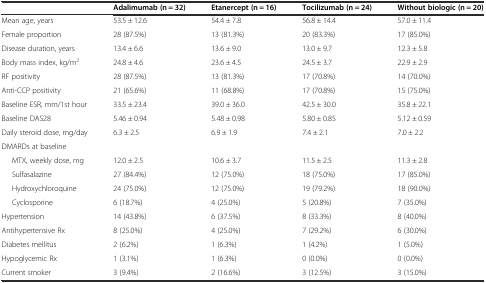
<table><thead><tr><td></td><td><b>Adalimumab (n = 32)</b></td><td><b>Etanercept (n = 16)</b></td><td><b>Tocilizumab (n = 24)</b></td><td><b>Without biologic (n = 20)</b></td></tr></thead><tbody><tr><td>Mean age, years</td><td>53.5 ± 12.6</td><td>54.4 ± 7.8</td><td>56.8 ± 14.4</td><td>57.0 ± 11.4</td></tr><tr><td>Female proportion</td><td>28 (87.5%)</td><td>13 (81.3%)</td><td>20 (83.3%)</td><td>17 (85.0%)</td></tr><tr><td>Disease duration, years</td><td>13.4 ± 6.6</td><td>13.6 ± 9.0</td><td>13.0 ± 9.7</td><td>12.3 ± 5.8</td></tr><tr><td>Body mass index, kg/m<sup>2</sup></td><td>24.8 ± 4.6</td><td>23.6 ± 4.5</td><td>24.5 ± 3.7</td><td>22.9 ± 2.9</td></tr><tr><td>RF positivity</td><td>28 (87.5%)</td><td>13 (81.3%)</td><td>17 (70.8%)</td><td>14 (70.0%)</td></tr><tr><td>Anti-CCP positivity</td><td>21 (65.6%)</td><td>11 (68.8%)</td><td>17 (70.8%)</td><td>15 (75.0%)</td></tr><tr><td>Baseline ESR, mm/1st hour</td><td>33.5 ± 23.4</td><td>39.0 ± 36.0</td><td>42.5 ± 30.0</td><td>35.8 ± 22.1</td></tr><tr><td>Baseline DAS28</td><td>5.46 ± 0.94</td><td>5.48 ± 0.98</td><td>5.80 ± 0.85</td><td>5.12 ± 0.59</td></tr><tr><td>Daily steroid dose, mg/day</td><td>6.3 ± 2.5</td><td>6.9 ± 1.9</td><td>7.4 ± 2.1</td><td>7.0 ± 2.2</td></tr><tr><td>DMARDs at baseline</td><td></td><td></td><td></td><td></td></tr><tr><td>MTX, weekly dose, mg</td><td>12.0 ± 2.5</td><td>10.6 ± 3.7</td><td>11.5 ± 2.5</td><td>11.3 ± 2.8</td></tr><tr><td>Sulfasalazine</td><td>27 (84.4%)</td><td>12 (75.0%)</td><td>18 (75.0%)</td><td>17 (85.0%)</td></tr><tr><td>Hydroxychloroquine</td><td>24 (75.0%)</td><td>12 (75.0%)</td><td>19 (79.2%)</td><td>18 (90.0%)</td></tr><tr><td>Cyclosporine</td><td>6 (18.7%)</td><td>4 (25.0%)</td><td>5 (20.8%)</td><td>7 (35.0%)</td></tr><tr><td>Hypertension</td><td>14 (43.8%)</td><td>6 (37.5%)</td><td>8 (33.3%)</td><td>8 (40.0%)</td></tr><tr><td>Antihypertensive Rx</td><td>8 (25.0%)</td><td>4 (25.0%)</td><td>7 (29.2%)</td><td>6 (30.0%)</td></tr><tr><td>Diabetes mellitus</td><td>2 (6.2%)</td><td>1 (6.3%)</td><td>1 (4.2%)</td><td>1 (5.0%)</td></tr><tr><td>Hypoglycemic Rx</td><td>1 (3.1%)</td><td>1 (6.3%)</td><td>0 (0.0%)</td><td>0 (0.0%)</td></tr><tr><td>Current smoker</td><td>3 (9.4%)</td><td>2 (16.6%)</td><td>3 (12.5%)</td><td>3 (15.0%)</td></tr></tbody></table>